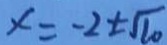
x = - 2 \pm \sqrt { 1 0 }